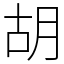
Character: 胡